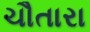
ચૌતારા